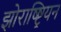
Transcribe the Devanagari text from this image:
झोराष्ष्ट्रियन